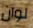
لوان